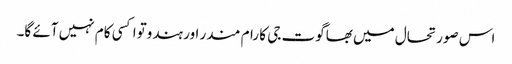
اس صورتحال میں بھاگوت جی کا رام مندر اور ہندوتوا کسی کام نہیں آئے گا۔